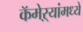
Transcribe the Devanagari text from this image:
कॅमेऱ्यांमध्ये